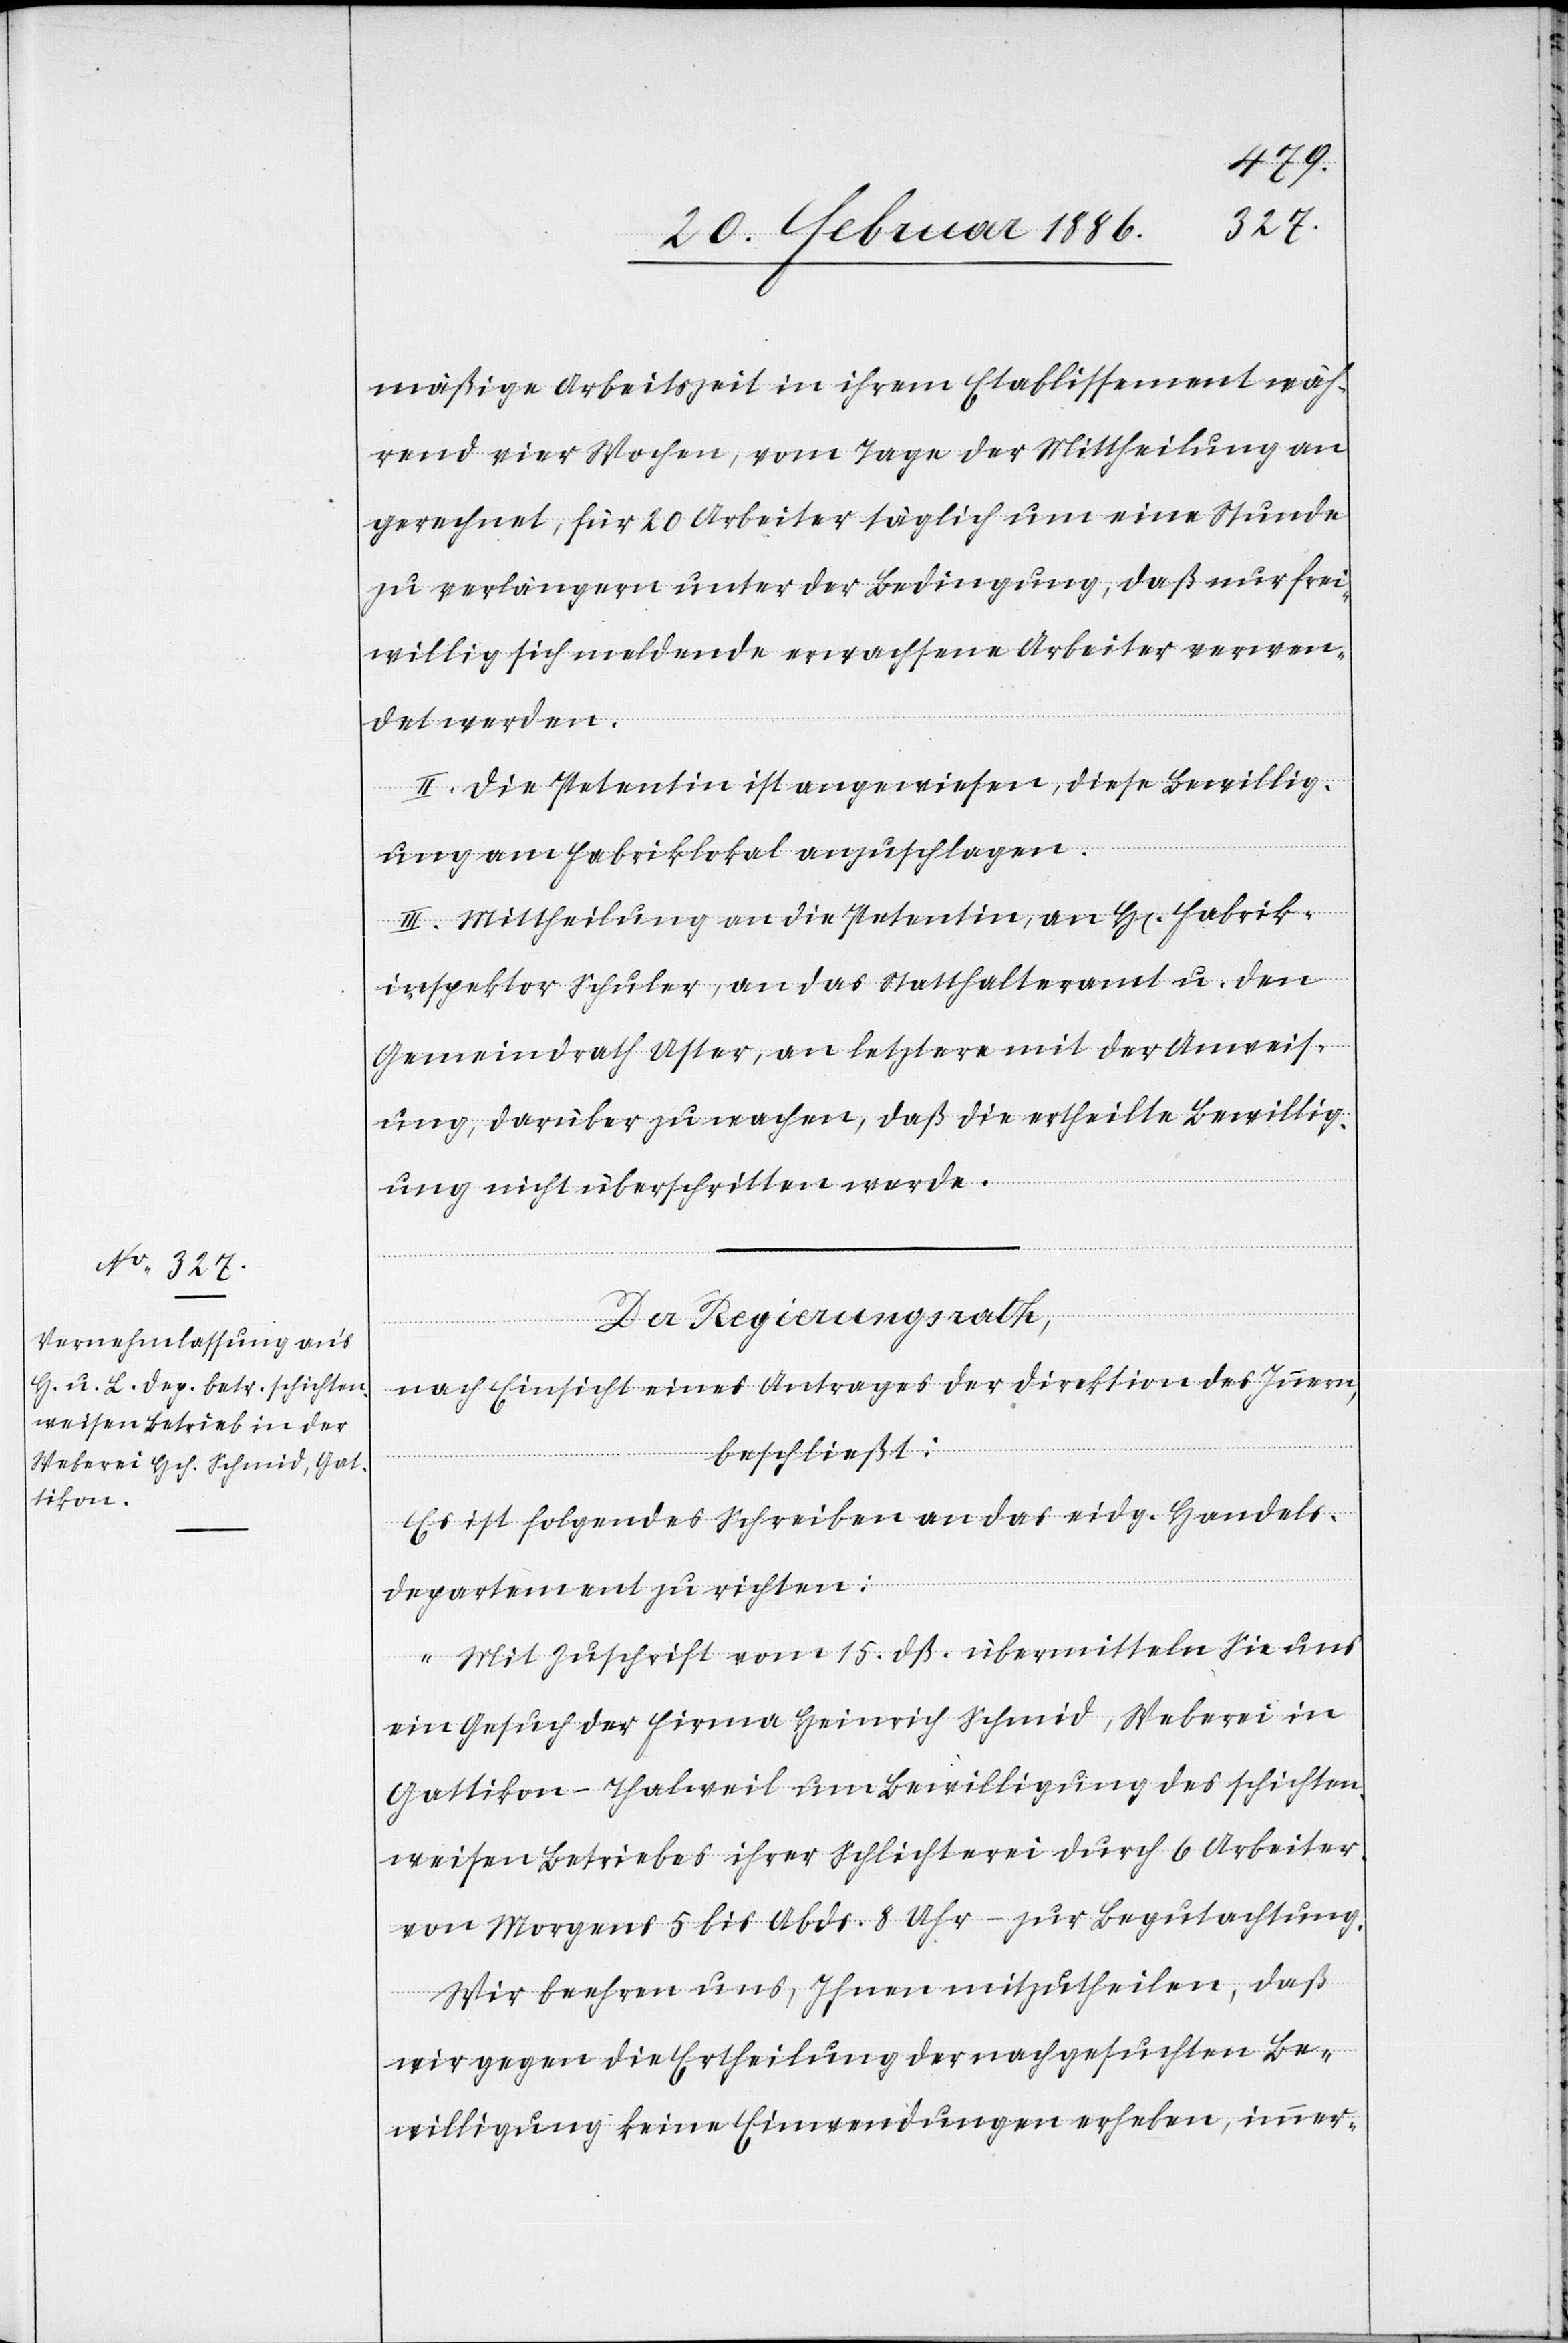
mäßige Arbeitszeit in ihrem Etablissement wäh¬
rend vier Wochen, vom Tage der Mittheilung an
gerechnet, für 10 Arbeiter täglich um eine Stunde
zu verlängern unter der Bedingung, daß nur frei¬
willig sich meldende erwachsene Arbeiter verwen¬
det werden.
II. Die Petentin ist angewiesen, diese Bewillig¬
ung am Fabriklokal anzuschlagen.
III. Mittheilung an die Petentin , an H[errn] Fabrik¬
inspektor Schuler, an das Statthalteramt u. den
Gemeindrath Uster, an letztern mit der Anweis¬
ung, darüber zu wachen, daß die ertheilte Bewillig¬
ung nicht überschritten werde.
Der Regierungsrath,
nach Einsicht eines Antrages der Direktion des Innern,
beschließt:
Es ist folgendes Schreiben an das eidg. Handels¬
departement zu richten:
„Mit Zuschrift vom 15. dß. übermitteln Sie uns
ein Gesuch der Firma Heinrich Schmid, Weberei in
Gattikon - Thalweil um Bewilligung des schichten¬
weisen Betriebes ihrer Schlichterei durch 6 Arbeiter
von Morgens 5 bis Abds. 8 Uhr – zur Begutachtung.
Wir beehren uns, Ihnen mitzutheilen, daß
wir gegen die Ertheilung der nachgesuchten Be¬
willigung keine Einwendungen erheben, immer-